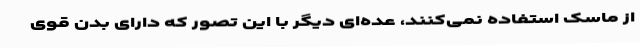
از ماسک استفاده نمی‌کنند، عده‌ای دیگر با این تصور که دارای بدن قوی